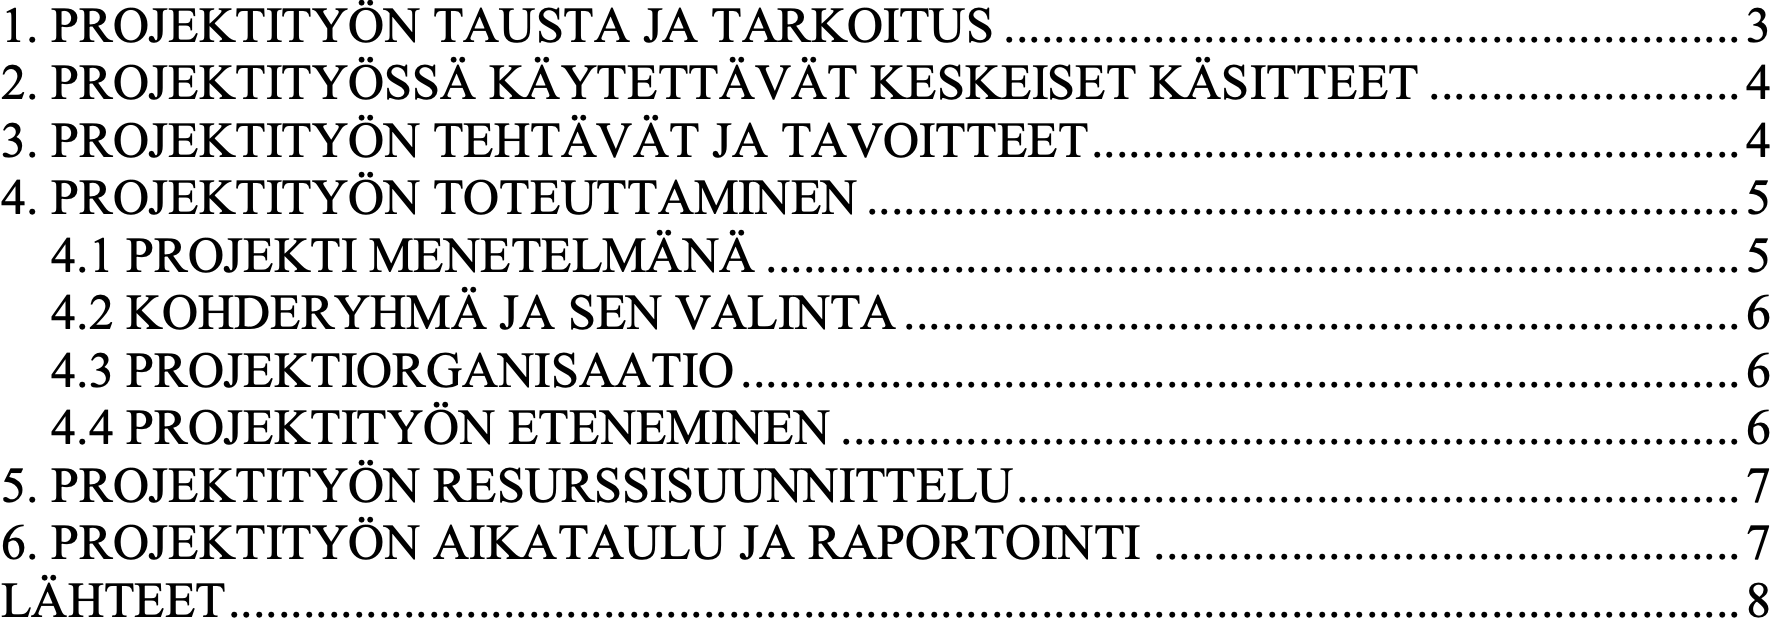
1. PROJEKTITYÖN TAUSTA JA TARKOITUS ........................................................... 3 2. PROJEKTITYÖSSÄ KÄYTETTÄVÄT KESKEISET KÄSITTEET ......................... 4 3. PROJEKTITYÖN TEHTÄVÄT JA TAVOITTEET .................................................... 4 4. PROJEKTITYÖN TOTEUTTAMINEN ...................................................................... 5 4.1 PROJEKTI MENETELMÄNÄ .............................................................................. 5 4.2 KOHDERYHMÄ JA SEN VALINTA ................................................................... 6 4.3 PROJEKTIORGANISAATIO ................................................................................ 6 4.4 PROJEKTITYÖN ETENEMINEN ........................................................................ 6 5. PROJEKTITYÖN RESURSSISUUNNITTELU .......................................................... 7 6. PROJEKTITYÖN AIKATAULU JA RAPORTOINTI ............................................... 7 LÄHTEET ......................................................................................................................... 8